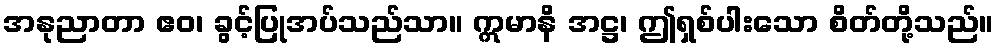
အနုညာတာ ဧဝ၊ ခွင့်ပြုအပ်သည်သာ။ ဣမာနိ အဋ္ဌ၊ ဤရှစ်ပါးသော စိတ်တို့သည်။